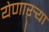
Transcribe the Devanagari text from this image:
येणाऱ्र्‍या